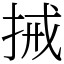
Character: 𢬿